Scottish Leaving Certificate Examination, 1953
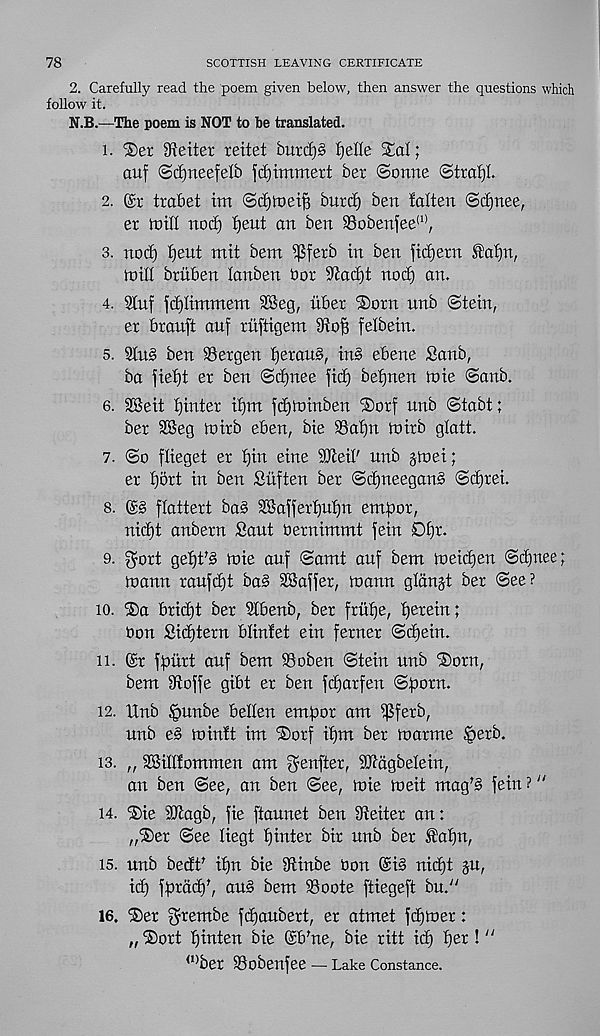
78
SCOTTISH LEAVING CERTIFICATE
2. Carefully read the poem given below, then answer the questions which
follow it.
N.B.—The poem is NOT to be translated.
1. ®er better reitet burd)§ Ijefle £al;
attf ©cfjrteefelb fdjimmert ber Sonne Strati.
2.
trabet im Scf)lT)eiB burd) ben fatten ©djnee,
er mitt nod) tjeut an ben S3obenfee (1) ,
3. nod) t)ent mit bent $fetb in ben ftdjern $at)n,
loitt btitben tanben bot diadd nod) an.
4. 9luf fdjtimmem SBeg, fiber ®orn nnb Stein,
er branft anf rnftigem dtojj fetbein.
5. 3tn§ ben SSergen f)eran§, inb ebene Sanb,
ba fief)t er ben Sd)nee fid) befjnen foie Sanb.
6. 2Beit f)inter if)m fdjtoinben ®orf unb Stabt;
ber SBeg toirb eben, bie 35at)n ioirb gtatt.
7. So ftieget er f)in eine dftett' unb gtoei;
er f)ort in ben Sitften ber SdjneeganS Sd)rei.
8.
ftattert ba§ dBafferfjutjn empor,
nid)t anbern Sant bernimmt fein 0£)r.
9. f^ort gefjt'b loie auf Samt auf bent loeidjen Sdjnee;
toann raufct)t ba§ dBaffer, toann gland ber See?
io. ®a briidt ber dtbenb, ber frutfe, herein;
bon Sid^tern btinfet ein ferner Sd)ein.
n. ©r ffriirt auf bent SSoben Stein nnb ®orn,
bent Stoffe gibt er ben fdjarfen Sfiorn.
12. Unb ‘pimbe betten entpor ant ipferb,
unb e§ in inf t im iSotf it)m ber ioarme §erb.
is. „ SBitlfommen am genfter, iOidgbelein,
an ben See, an ben See, foie tueit mag’b fein ?"
14. ®ie dJiagb, fie ftaunet ben dieiter an:
„®er See tiegt fjinter bir unb ber £af)n,
is. unb bedf if)n bie Stinbe bon ©i§ nic^t ju,
fpradd, au§ bem Soote ftiegeft bn/'
16.
grembe ftpaubert, er atmet fdjtoer:
„ ®ort pinten bie ©b'ne, bie ritt id) fjer !
a) ber SSobenfee — Lake Constance.